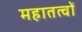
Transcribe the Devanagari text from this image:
महातत्वों